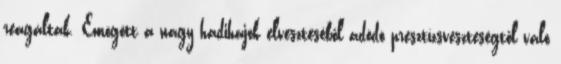
reagáltak. Emögött a nagy hadihajók elvesztéséből adódó presztízsveszteségtől való